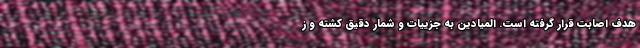
هدف اصابت قرار گرفته است. المیادین به جزییات و شمار دقیق کشته و ز